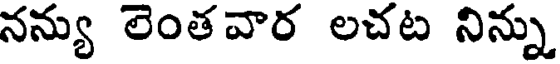
నన్యు లెంతవార లచట నిన్ను